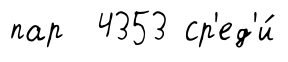
пар 4353 ср'ед'и́